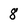
Character: 8